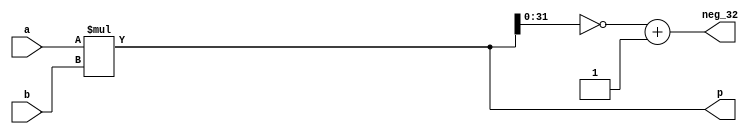
`timescale 1ns / 1ps
//////////////////////////////////////////////////////////////////////////////////
// Company: 
// Engineer: 
// 
// Design Name: 
// Module Name: mult_256x32_neg32
// Project Name: 
// Target Devices: 
// Tool Versions: 
// Description: 
// 
// Dependencies: 
// 
// Revision:
// Revision 0.01 - File Created
// Additional Comments:
// 
//////////////////////////////////////////////////////////////////////////////////

////two cycles delay version
//module mult_256x32_neg32(
//    input          clk,
//    input  [255:0] a,
//    input  [31 :0] b,
//    output reg [287:0] p,
//    output reg [ 31:0] neg_32
//    );
//
//    wire [127:0] a_h, a_l;
//    wire [15 :0] b_h, b_l;
//    wire [143:0] p_hh, p_hl, p_lh, p_ll;
//    wire [287:0] p_hh_shift, p_hl_shift, p_lh_shift, p_ll_shift;
//    wire [ 31:0] lsb_32;
//
//    assign a_h = a[128+:128]; assign a_l = a[0+:128]; assign b_h = b[16+:16]; assign b_l = b[0+:16];
//
//    mult_partial #(.WIDTH_A(128), .WIDTH_B(16), .WIDTH_DSP(26), .DSP_NUM(5)) mult_partial_hh (.clk(clk), .a(a_h), .b(b_h), .p(p_hh));
//    mult_partial #(.WIDTH_A(128), .WIDTH_B(16), .WIDTH_DSP(26), .DSP_NUM(5)) mult_partial_hl (.clk(clk), .a(a_h), .b(b_l), .p(p_hl));
//    mult_partial #(.WIDTH_A(128), .WIDTH_B(16), .WIDTH_DSP(26), .DSP_NUM(5)) mult_partial_lh (.clk(clk), .a(a_l), .b(b_h), .p(p_lh));
//    mult_partial #(.WIDTH_A(128), .WIDTH_B(16), .WIDTH_DSP(26), .DSP_NUM(5)) mult_partial_ll (.clk(clk), .a(a_l), .b(b_l), .p(p_ll));
//    assign p_ll_shift = { {144{1'b0}} , p_ll };
//    assign p_hl_shift = { {16{1'b0}} , p_hl , {128{1'b0}} };
//    assign p_lh_shift = { {128{1'b0}} , p_lh, {16{1'b0}} };
//    assign p_hh_shift = { p_hh , {16{1'b0}} , {128{1'b0}} };
//    assign lsb_32     = p_ll[31:0] + {p_lh[15:0], {16{1'b0}}};
//
//    always @(posedge clk) begin
//        p <= p_ll_shift + p_hl_shift + p_lh_shift + p_hh_shift;
//        neg_32 <= ~lsb_32 + 1'b1;
//    end
//endmodule

//no delay version
module mult_256x32_neg32(
    input  [255:0] a,
    input  [31 :0] b,
    output [287:0] p,
    output [ 31:0] neg_32
    );

//    wire [127:0] a_h, a_l;
//    wire [15 :0] b_h, b_l;
//    wire [143:0] p_hh, p_hl, p_lh, p_ll;
//    wire [287:0] p_hh_shift, p_hl_shift, p_lh_shift, p_ll_shift;
//    wire [ 31:0] lsb_32;
//
//    assign a_h = a[128+:128]; assign a_l = a[0+:128]; assign b_h = b[16+:16]; assign b_l = b[0+:16];
//
//    mult_partial #(.WIDTH_A(128), .WIDTH_B(16), .WIDTH_DSP(26), .DSP_NUM(5)) mult_partial_hh (.a(a_h), .b(b_h), .p(p_hh));
//    mult_partial #(.WIDTH_A(128), .WIDTH_B(16), .WIDTH_DSP(26), .DSP_NUM(5)) mult_partial_hl (.a(a_h), .b(b_l), .p(p_hl));
//    mult_partial #(.WIDTH_A(128), .WIDTH_B(16), .WIDTH_DSP(26), .DSP_NUM(5)) mult_partial_lh (.a(a_l), .b(b_h), .p(p_lh));
//    mult_partial #(.WIDTH_A(128), .WIDTH_B(16), .WIDTH_DSP(26), .DSP_NUM(5)) mult_partial_ll (.a(a_l), .b(b_l), .p(p_ll));
//    assign p_ll_shift = { {144{1'b0}} , p_ll };
//    assign p_hl_shift = { {16{1'b0}} , p_hl , {128{1'b0}} };
//    assign p_lh_shift = { {128{1'b0}} , p_lh, {16{1'b0}} };
//    assign p_hh_shift = { p_hh , {16{1'b0}} , {128{1'b0}} };
//    assign lsb_32     = p_ll[31:0] + {p_lh[15:0], {16{1'b0}}};
//
//    assign p = p_ll_shift + p_hl_shift + p_lh_shift + p_hh_shift;
    assign p = a*b;
    assign neg_32 = ~p[0+:32] + 1'b1;
endmodule